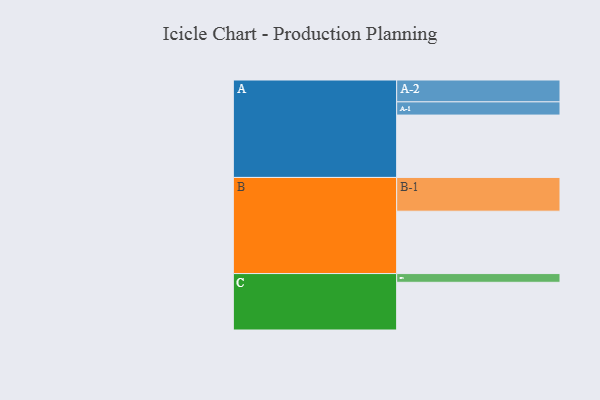
{"axis": {"x": "Segment", "y": "Value"}, "legend": ["", "A", "B", "C"], "data": [{"x": "A", "y": 514, "type": ""}, {"x": "B", "y": 514, "type": ""}, {"x": "C", "y": 393, "type": ""}, {"x": "A-1", "y": 109, "type": "A"}, {"x": "A-2", "y": 180, "type": "A"}, {"x": "B-1", "y": 278, "type": "B"}, {"x": "C-1", "y": 72, "type": "C"}]}